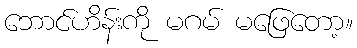
ဘောင်ဟိန်းကို မဂမ် မဖြေတော့။